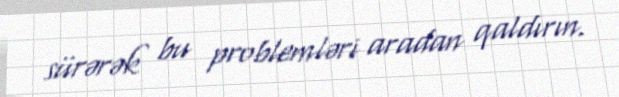
sürərək bu problemləri aradan qaldırın.